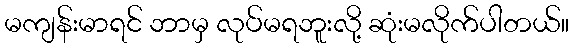
မကျန်းမာရင် ဘာမှ လုပ်မရဘူးလို့ ဆုံးမလိုက်ပါတယ်။